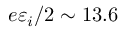
e \varepsilon _ { i } / 2 \sim 1 3 . 6